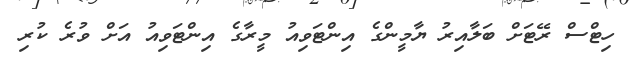
ހިޓްސް ރޭޓަށް ބަލާއިރު ޔާމީންގެ އިންޓަވިއު މީރާގެ އިންޓަވިއު އަށް ވުރެ ކުރި